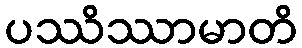
ပဿိဿာမာတိ